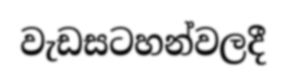
වැඩසටහන්වලදී